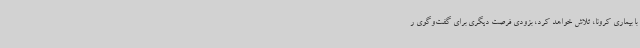
با بیماری کرونا، تلاش خواهد کرد، بزودی فرصت دیگری برای گفت‌وگوی ر